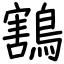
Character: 鶷